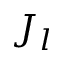
J _ { l }